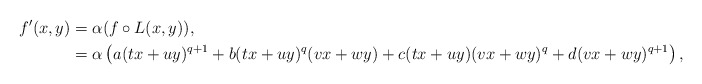
\begin{align*}f'(x,y) &= \alpha ( f \circ L(x,y) ),\\ &= \alpha \left( a (tx+uy)^{q+1} + b (tx+uy)^q (vx+wy) + c(tx+uy) (vx+wy)^q + d (vx+wy)^{q+1} \right),\end{align*}